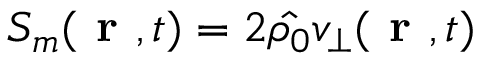
S _ { m } ( \textbf { r } , t ) = 2 \hat { \rho _ { 0 } } v _ { \bot } ( \textbf { r } , t )